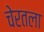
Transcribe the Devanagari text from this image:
चेरतला